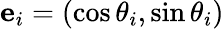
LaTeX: \mathbf{e}_{i}=(\cos\theta_{i},\sin\theta_{i})